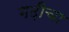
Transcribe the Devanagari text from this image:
गढ़ीचा